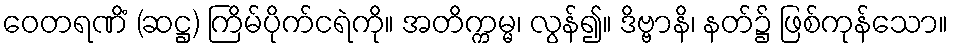
ဝေတရဏိံ (ဆဋ္ဌ) ကြိမ်ပိုက်ငရဲကို။ အတိက္ကမ္မ၊ လွန်၍။ ဒိဗ္ဗာနိ၊ နတ်၌ ဖြစ်ကုန်သော။